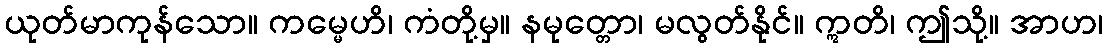
ယုတ်မာကုန်သော။ ကမ္မေဟိ၊ ကံတို့မှ။ နမုတ္တော၊ မလွတ်နိုင်။ ဣတိ၊ ဤသို့။ အာဟ၊